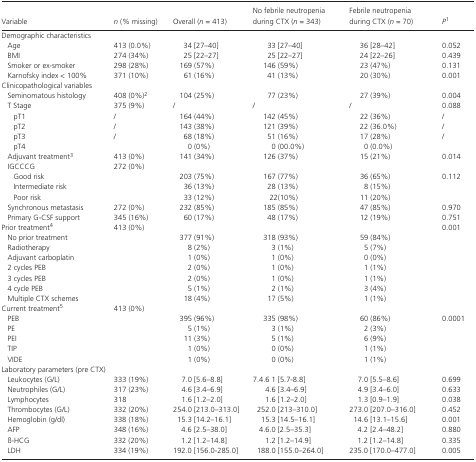
<table><thead><tr><td><b>Variable</b></td><td><b><i>n</i> (% missing)</b></td><td><b>Overall (<i>n</i> = 413)</b></td><td><b>No febrile neutropenia during CTX (<i>n</i> = 343)</b></td><td><b>Febrile neutropenia during CTX (<i>n</i> = 70)</b></td><td><b><i>P</i>a</b></td></tr></thead><tbody><tr><td colspan="6">Demographic characteristics</td></tr><tr><td>Age</td><td>413 (0.0%)</td><td>34 [27–40]</td><td>33 [27–40]</td><td>36 [28–42]</td><td>0.052</td></tr><tr><td>BMI</td><td>274 (34%)</td><td>25 [22–27]</td><td>25 [22–27]</td><td>24 [22–26]</td><td>0.439</td></tr><tr><td>Smoker or ex‐smoker</td><td>298 (28%)</td><td>169 (57%)</td><td>146 (59%)</td><td>23 (47%)</td><td>0.131</td></tr><tr><td>Karnofsky index &lt; 100%</td><td>371 (10%)</td><td>61 (16%)</td><td>41 (13%)</td><td>20 (30%)</td><td>0.001</td></tr><tr><td colspan="6">Clinicopathological variables</td></tr><tr><td>Seminomatous histology</td><td>408 (0%)b</td><td>104 (25%)</td><td>77 (23%)</td><td>27 (39%)</td><td>0.004</td></tr><tr><td>T Stage</td><td>375 (9%)</td><td>/</td><td>/</td><td>/</td><td>0.088</td></tr><tr><td>pT1</td><td>/</td><td>164 (44%)</td><td>142 (45%)</td><td>22 (36%)</td><td>/</td></tr><tr><td>pT2</td><td>/</td><td>143 (38%)</td><td>121 (39%)</td><td>22 (36.0%)</td><td>/</td></tr><tr><td>pT3</td><td>/</td><td>68 (18%)</td><td>51 (16%)</td><td>17 (28%)</td><td>/</td></tr><tr><td>pT4</td><td></td><td>0 (0%)</td><td>0 (00.0%)</td><td>0 (0.0%)</td><td></td></tr><tr><td>Adjuvant treatmentc</td><td>413 (0%)</td><td>141 (34%)</td><td>126 (37%)</td><td>15 (21%)</td><td>0.014</td></tr><tr><td>IGCCCG</td><td>272 (0%)</td><td></td><td></td><td></td><td></td></tr><tr><td>Good risk</td><td></td><td>203 (75%)</td><td>167 (77%)</td><td>36 (65%)</td><td>0.112</td></tr><tr><td>Intermediate risk</td><td></td><td>36 (13%)</td><td>28 (13%)</td><td>8 (15%)</td><td></td></tr><tr><td>Poor risk</td><td></td><td>33 (12%)</td><td>22(10%)</td><td>11 (20%)</td><td></td></tr><tr><td>Synchronous metastasis</td><td>272 (0%)</td><td>232 (85%)</td><td>185 (85%)</td><td>47 (85%)</td><td>0.970</td></tr><tr><td>Primary G‐CSF support</td><td>345 (16%)</td><td>60 (17%)</td><td>48 (17%)</td><td>12 (19%)</td><td>0.751</td></tr><tr><td>Prior treatmentd</td><td>413 (0%)</td><td></td><td></td><td></td><td>0.001</td></tr><tr><td>No prior treatment</td><td></td><td>377 (91%)</td><td>318 (93%)</td><td>59 (84%)</td><td></td></tr><tr><td>Radiotherapy</td><td></td><td>8 (2%)</td><td>3 (1%)</td><td>5 (7%)</td><td></td></tr><tr><td>Adjuvant carboplatin</td><td></td><td>1 (0%)</td><td>1 (0%)</td><td>0 (0%)</td><td></td></tr><tr><td>2 cycles PEB</td><td></td><td>2 (0%)</td><td>1 (0%)</td><td>1 (1%)</td><td></td></tr><tr><td>3 cycles PEB</td><td></td><td>2 (0%)</td><td>1 (0%)</td><td>1 (1%)</td><td></td></tr><tr><td>4 cycle PEB</td><td></td><td>5 (1%)</td><td>2 (1%)</td><td>3 (4%)</td><td></td></tr><tr><td>Multiple CTX schemes</td><td></td><td>18 (4%)</td><td>17 (5%)</td><td>1 (1%)</td><td></td></tr><tr><td>Current treatmente</td><td>413 (0%)</td><td></td><td></td><td></td><td></td></tr><tr><td>PEB</td><td></td><td>395 (96%)</td><td>335 (98%)</td><td>60 (86%)</td><td>0.0001</td></tr><tr><td>PE</td><td></td><td>5 (1%)</td><td>3 (1%)</td><td>2 (3%)</td><td></td></tr><tr><td>PEI</td><td></td><td>11 (3%)</td><td>5 (1%)</td><td>6 (9%)</td><td></td></tr><tr><td>TIP</td><td></td><td>1 (0%)</td><td>0 (0%)</td><td>1 (1%)</td><td></td></tr><tr><td>VIDE</td><td></td><td>1 (0%)</td><td>0 (0%)</td><td>1 (1%)</td><td></td></tr><tr><td colspan="6">Laboratory parameters (pre CTX)</td></tr><tr><td>Leukocytes (G/L)</td><td>333 (19%)</td><td>7.0 [5.6–8.8]</td><td>7.4.6 1 [5.7‐8.8]</td><td>7.0 [5.5–8.6]</td><td>0.699</td></tr><tr><td>Neutrophiles (G/L)</td><td>317 (23%)</td><td>4.6 [3.4–6.9]</td><td>4.6 [3.4–6.9]</td><td>4.9 [3.4–6.0]</td><td>0.633</td></tr><tr><td>Lymphocytes</td><td>318</td><td>1.6 [1.2–2.0]</td><td>1.6 [1.2–2.0]</td><td>1.3 [0.9–1.9]</td><td>0.038</td></tr><tr><td>Thrombocytes (G/L)</td><td>332 (20%)</td><td>254.0 [213.0–313.0]</td><td>252.0 [213–310.0]</td><td>273.0 [207.0–316.0]</td><td>0.452</td></tr><tr><td>Hemoglobin (g/dl)</td><td>338 (18%)</td><td>15.3 [14.2–16.1]</td><td>15.3 [14.5–16.1]</td><td>14.6 [13.1–15.6]</td><td>0.001</td></tr><tr><td>AFP</td><td>348 (16%)</td><td>4.6 [2.5–38.0]</td><td>4.6.0 [2.5–35.3]</td><td>4.2 [2.4–48.2]</td><td>0.880</td></tr><tr><td>ß‐HCG</td><td>332 (20%)</td><td>1.2 [1.2–14.8]</td><td>1.2 [1.2–14.9]</td><td>1.2 [1.2–14.8]</td><td>0.335</td></tr><tr><td>LDH</td><td>334 (19%)</td><td>192.0 [156.0‐285.0]</td><td>188.0 [155.0–264.0]</td><td>235.0 [170.0–477.0]</td><td>0.005</td></tr></tbody></table>